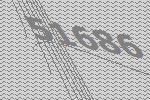
51686